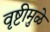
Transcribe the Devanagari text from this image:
वृष्टीमुळे